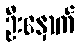
ဦးနှောက်